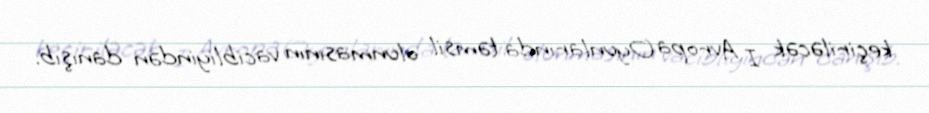
keçiriləcək I Avropa Oyunlarında təmsil olunmasının vacibliyindən danışıb.